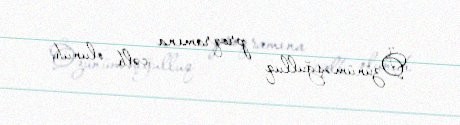
Özünüməşğulluq proqramına cəlb olunub.